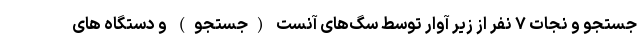
جستجو و نجات ۷ نفر از زیر آوار توسط سگ‌های آنست (جستجو) و دستگاه های